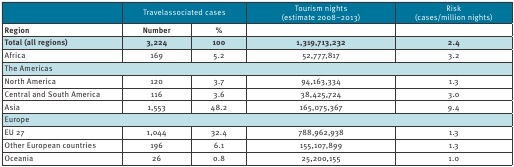
<table><thead><tr><td></td><td colspan="2"><b>Travel‐associated cases</b></td><td rowspan="2"><b>Tourism nights(estimate 2008–2013)</b></td><td rowspan="2"><b>Risk(cases/million nights)</b></td></tr></thead><tbody><tr><td><b>Region</b></td><td><b>Number</b></td><td><b>%</b></td></tr><tr><td><b>Total (all regions)</b></td><td><b>3,224</b></td><td><b>100</b></td><td><b>1,319,713,232</b></td><td><b>2.4</b></td></tr><tr><td>Africa</td><td>169</td><td>5.2</td><td>52,777,817</td><td>3.2</td></tr><tr><td colspan="5">The Americas</td></tr><tr><td>North America</td><td>120</td><td>3.7</td><td>94,163,334</td><td>1.3</td></tr><tr><td>Central and South America</td><td>116</td><td>3.6</td><td>38,425,724</td><td>3.0</td></tr><tr><td>Asia</td><td>1,553</td><td>48.2</td><td>165,075,367</td><td>9.4</td></tr><tr><td colspan="5">Europe</td></tr><tr><td>EU 27</td><td>1,044</td><td>32.4</td><td>788,962,938</td><td>1.3</td></tr><tr><td>Other European countries</td><td>196</td><td>6.1</td><td>155,107,899</td><td>1.3</td></tr><tr><td>Oceania</td><td>26</td><td>0.8</td><td>25,200,155</td><td>1.0</td></tr></tbody></table>